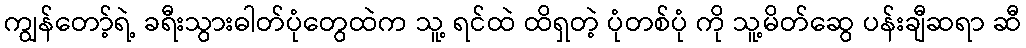
ကျွန်တော့်ရဲ့ ခရီးသွားဓါတ်ပုံတွေထဲက သူ့ ရင်ထဲ ထိရှတဲ့ ပုံတစ်ပုံ ကို သူ့မိတ်ဆွေ ပန်းချီဆရာ ဆီ